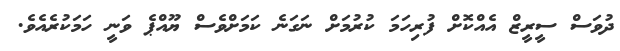
ދުވަސް ސީރީޒް އެއްކޮށް ފުރިހަމަ ކުރުމަށް ނަގަނެ ކަމަށްވެސް ޔޫއްޕެ ވަނީ ހަމަކުރެއެވެ.